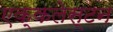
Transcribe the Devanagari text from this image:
एक्कलेस्टन